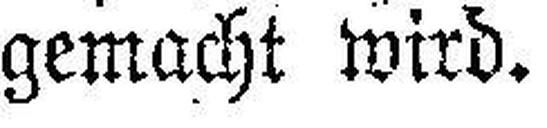
gemacht wird.